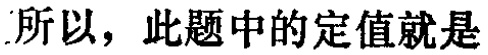
所以，此题中的定值就是